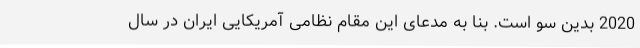
2020 بدین سو است. بنا به مدعای این مقام نظامی آمریکایی ایران در سال